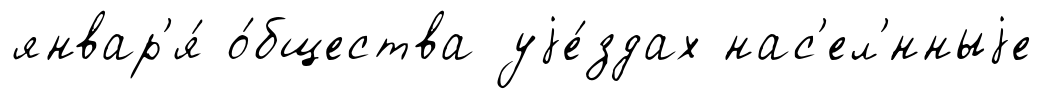
январ'я́ о́бщества уjе́здах нас'ел'́нныjе